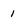
Character: i